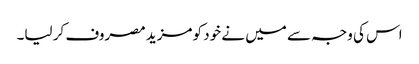
اس کی وجہ سے میں نے خود کو مزید مصروف کر لیا۔